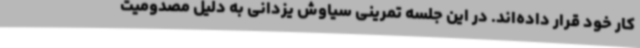
کار خود قرار داده‌اند. در این جلسه تمرینی سیاوش یزدانی به دلیل مصدومیت